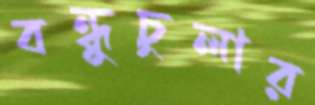
বন্ধুচুলার